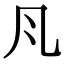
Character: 𭂬